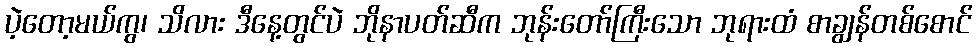
ပဲ့တော့မယ်ကွ၊ သိလား ဒီနေ့တွင်ပဲ ဘိုနာပတ်ဆီက ဘုန်းတော်ကြီးသော ဘုရားထံ စာချွန်တစ်စောင်